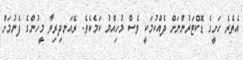
އެތެރެ ހަށީގެ ޑޮކްޓަރުންނަށް ދެއްކުމަކީ ވެސް މުހިއްމު ކަމެކެވެ. ރޭއަނދިރިވާ މީހުންގެ ފެނުމަށް